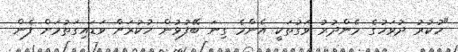
"ހުކުރު ދުވަހުގެ މެންދުރު ވަގުތަކީ އެންމެ ގިނަ ބޭފުޅުން ހުކުރަށް ވަޑައިގަތުމަށް ފެން